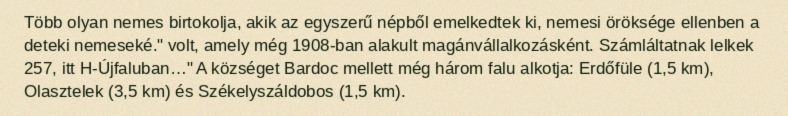
Több olyan nemes birtokolja, akik az egyszerű népből emelkedtek ki, nemesi öröksége ellenben a deteki nemeseké." volt, amely még 1908-ban alakult magánvállalkozásként. Számláltatnak lelkek 257, itt H-Újfaluban…" A községet Bardoc mellett még három falu alkotja: Erdőfüle (1,5 km), Olasztelek (3,5 km) és Székelyszáldobos (1,5 km).